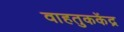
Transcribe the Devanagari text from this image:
वाहतुककेंद्र